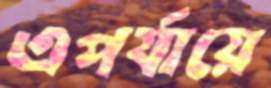
এপর্যায়ে